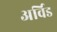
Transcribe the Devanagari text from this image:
अर्विड